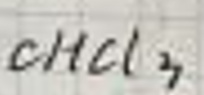
$CHCl_3$